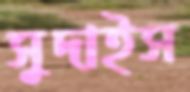
সুদাইস